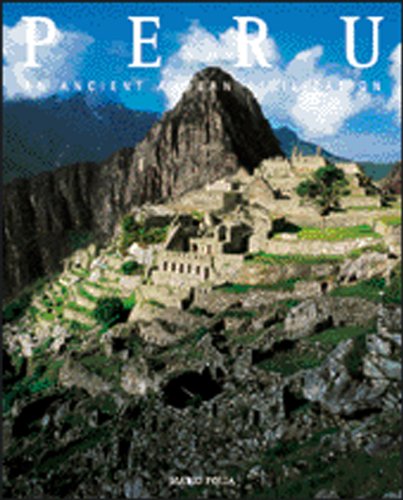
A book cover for Peru: An Ancient Andean Civilization (Exploring Countries of the World); Mario Polia; Travel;